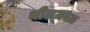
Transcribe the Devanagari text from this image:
भीलजवळ